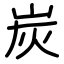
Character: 炭